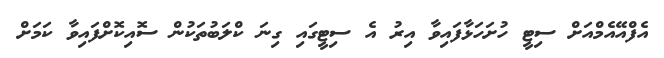
އެފްއޭއެމްއަށް ސިޓީ ހުށަހަޅާފައިވާ އިރު އެ ސިޓީގައި ގިނަ ކްލަބުތަކުން ސޮއިކޮށްފައިވާ ކަމަށް